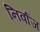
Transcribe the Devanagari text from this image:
निर्वाज